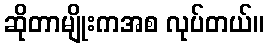
ဆိုတာမျိုးကအစ လုပ်တယ်။